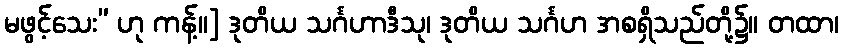
မဖွင့်သေး” ဟု ကန့်။] ဒုတိယ သင်္ဂဟာဒီသု၊ ဒုတိယ သင်္ဂဟ အစရှိသည်တို့၌။ တထာ၊